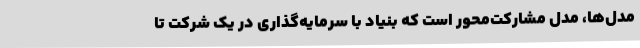
مدل‌ها، مدل مشارکت‌محور است که بنیاد با سرمایه‌گذاری در یک شرکت تا